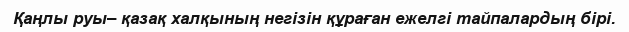
Қаңлы руы– қазақ халқының негізін құраған ежелгі тайпалардың бірі.